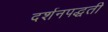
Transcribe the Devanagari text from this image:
दर्शनपद्धती